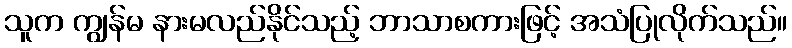
သူက ကျွန်မ နားမလည်နိုင်သည့် ဘာသာစကားဖြင့် အသံပြုလိုက်သည်။